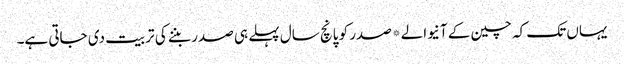
یہاں تک کہ چین کے آنیوالے*صدر کو پانچ سال پہلے ہی صدر بننے کی تربیت دی جاتی ہے۔